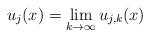
LaTeX: \begin{align*}u_j(x) = \lim_{k \to \infty} u_{j,k}(x)\end{align*}